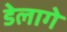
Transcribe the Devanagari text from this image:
डेलागे